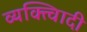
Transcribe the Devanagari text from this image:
व्यक्त्विादी